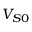
V _ { S 0 }